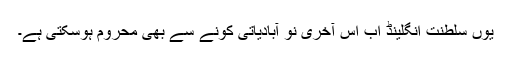
یوں سلطنت انگلینڈ اب اس آخری نو آبادیاتی کونے سے بھی محروم ہوسکتی ہے۔